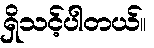
ရှိသင့်ပါတယ်။